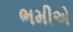
ભમીએ